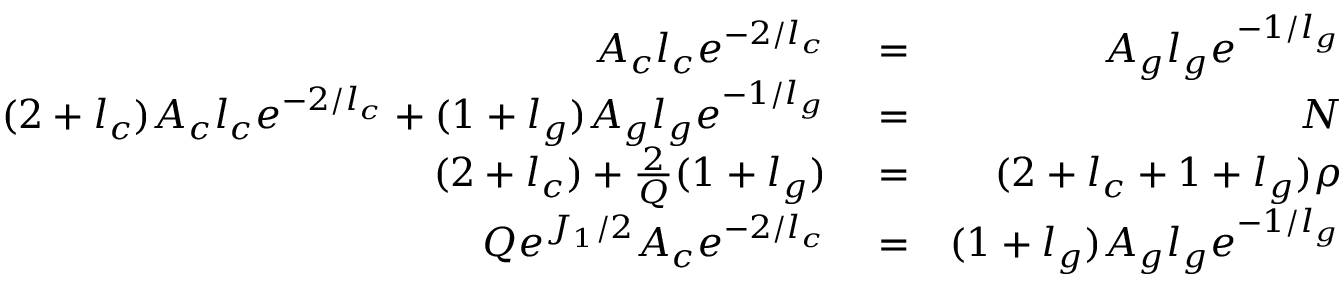
\begin{array} { r l r } { A _ { c } l _ { c } e ^ { - 2 / l _ { c } } } & { { } = } & { A _ { g } l _ { g } e ^ { - 1 / l _ { g } } } \\ { ( 2 + l _ { c } ) A _ { c } l _ { c } e ^ { - 2 / l _ { c } } + ( 1 + l _ { g } ) A _ { g } l _ { g } e ^ { - 1 / l _ { g } } } & { { } = } & { N } \\ { ( 2 + l _ { c } ) + \frac { 2 } { Q } ( 1 + l _ { g } ) } & { { } = } & { ( 2 + l _ { c } + 1 + l _ { g } ) \rho } \\ { Q e ^ { J _ { 1 } / 2 } A _ { c } e ^ { - 2 / l _ { c } } } & { { } = } & { ( 1 + l _ { g } ) A _ { g } l _ { g } e ^ { - 1 / l _ { g } } } \end{array}